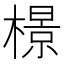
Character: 𬄣